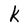
Character: k